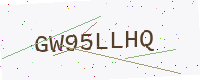
Text: GW95LLHQ